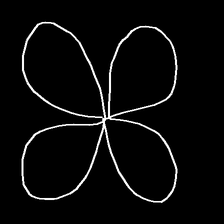
Glyph: billowing